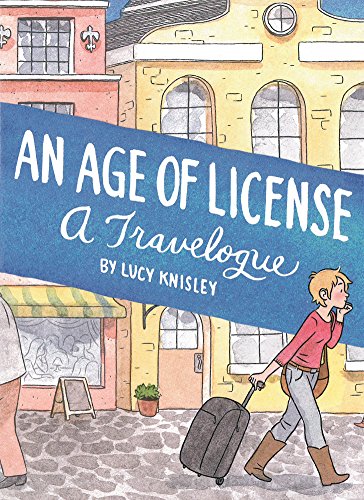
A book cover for An Age Of License; Lucy Knisley; Comics & Graphic Novels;